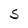
Character: S